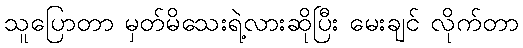
သူပြောတာ မှတ်မိသေးရဲ့လားဆိုပြီး မေးချင် လိုက်တာ